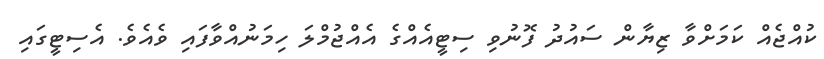
ކުއްޖެއް ކަމަށްވާ ޒިޔާން ސައުދު ފޮނުވި ސިޓީއެއްގެ އެއްޖުމްލަ ހިމަނުއްވާފައި ވެއެވެ. އެސިޓީގައި